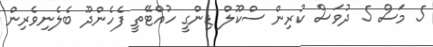
5 މަސް 5 ދުވަސް ކުރިން ސްކޫލް ޑިންގީ ހުއްޓޭތީ ފެހެންދޫ ބެލެނިވެރިން